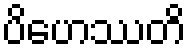
ပိဟေဿတိ